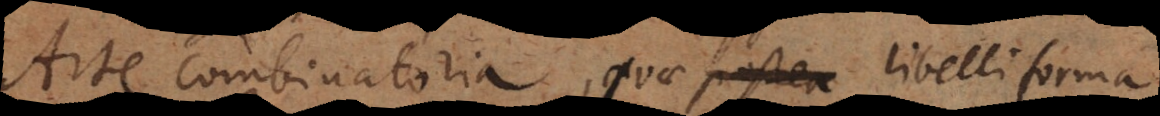
Arte combinatoria, quae postea libelli forma